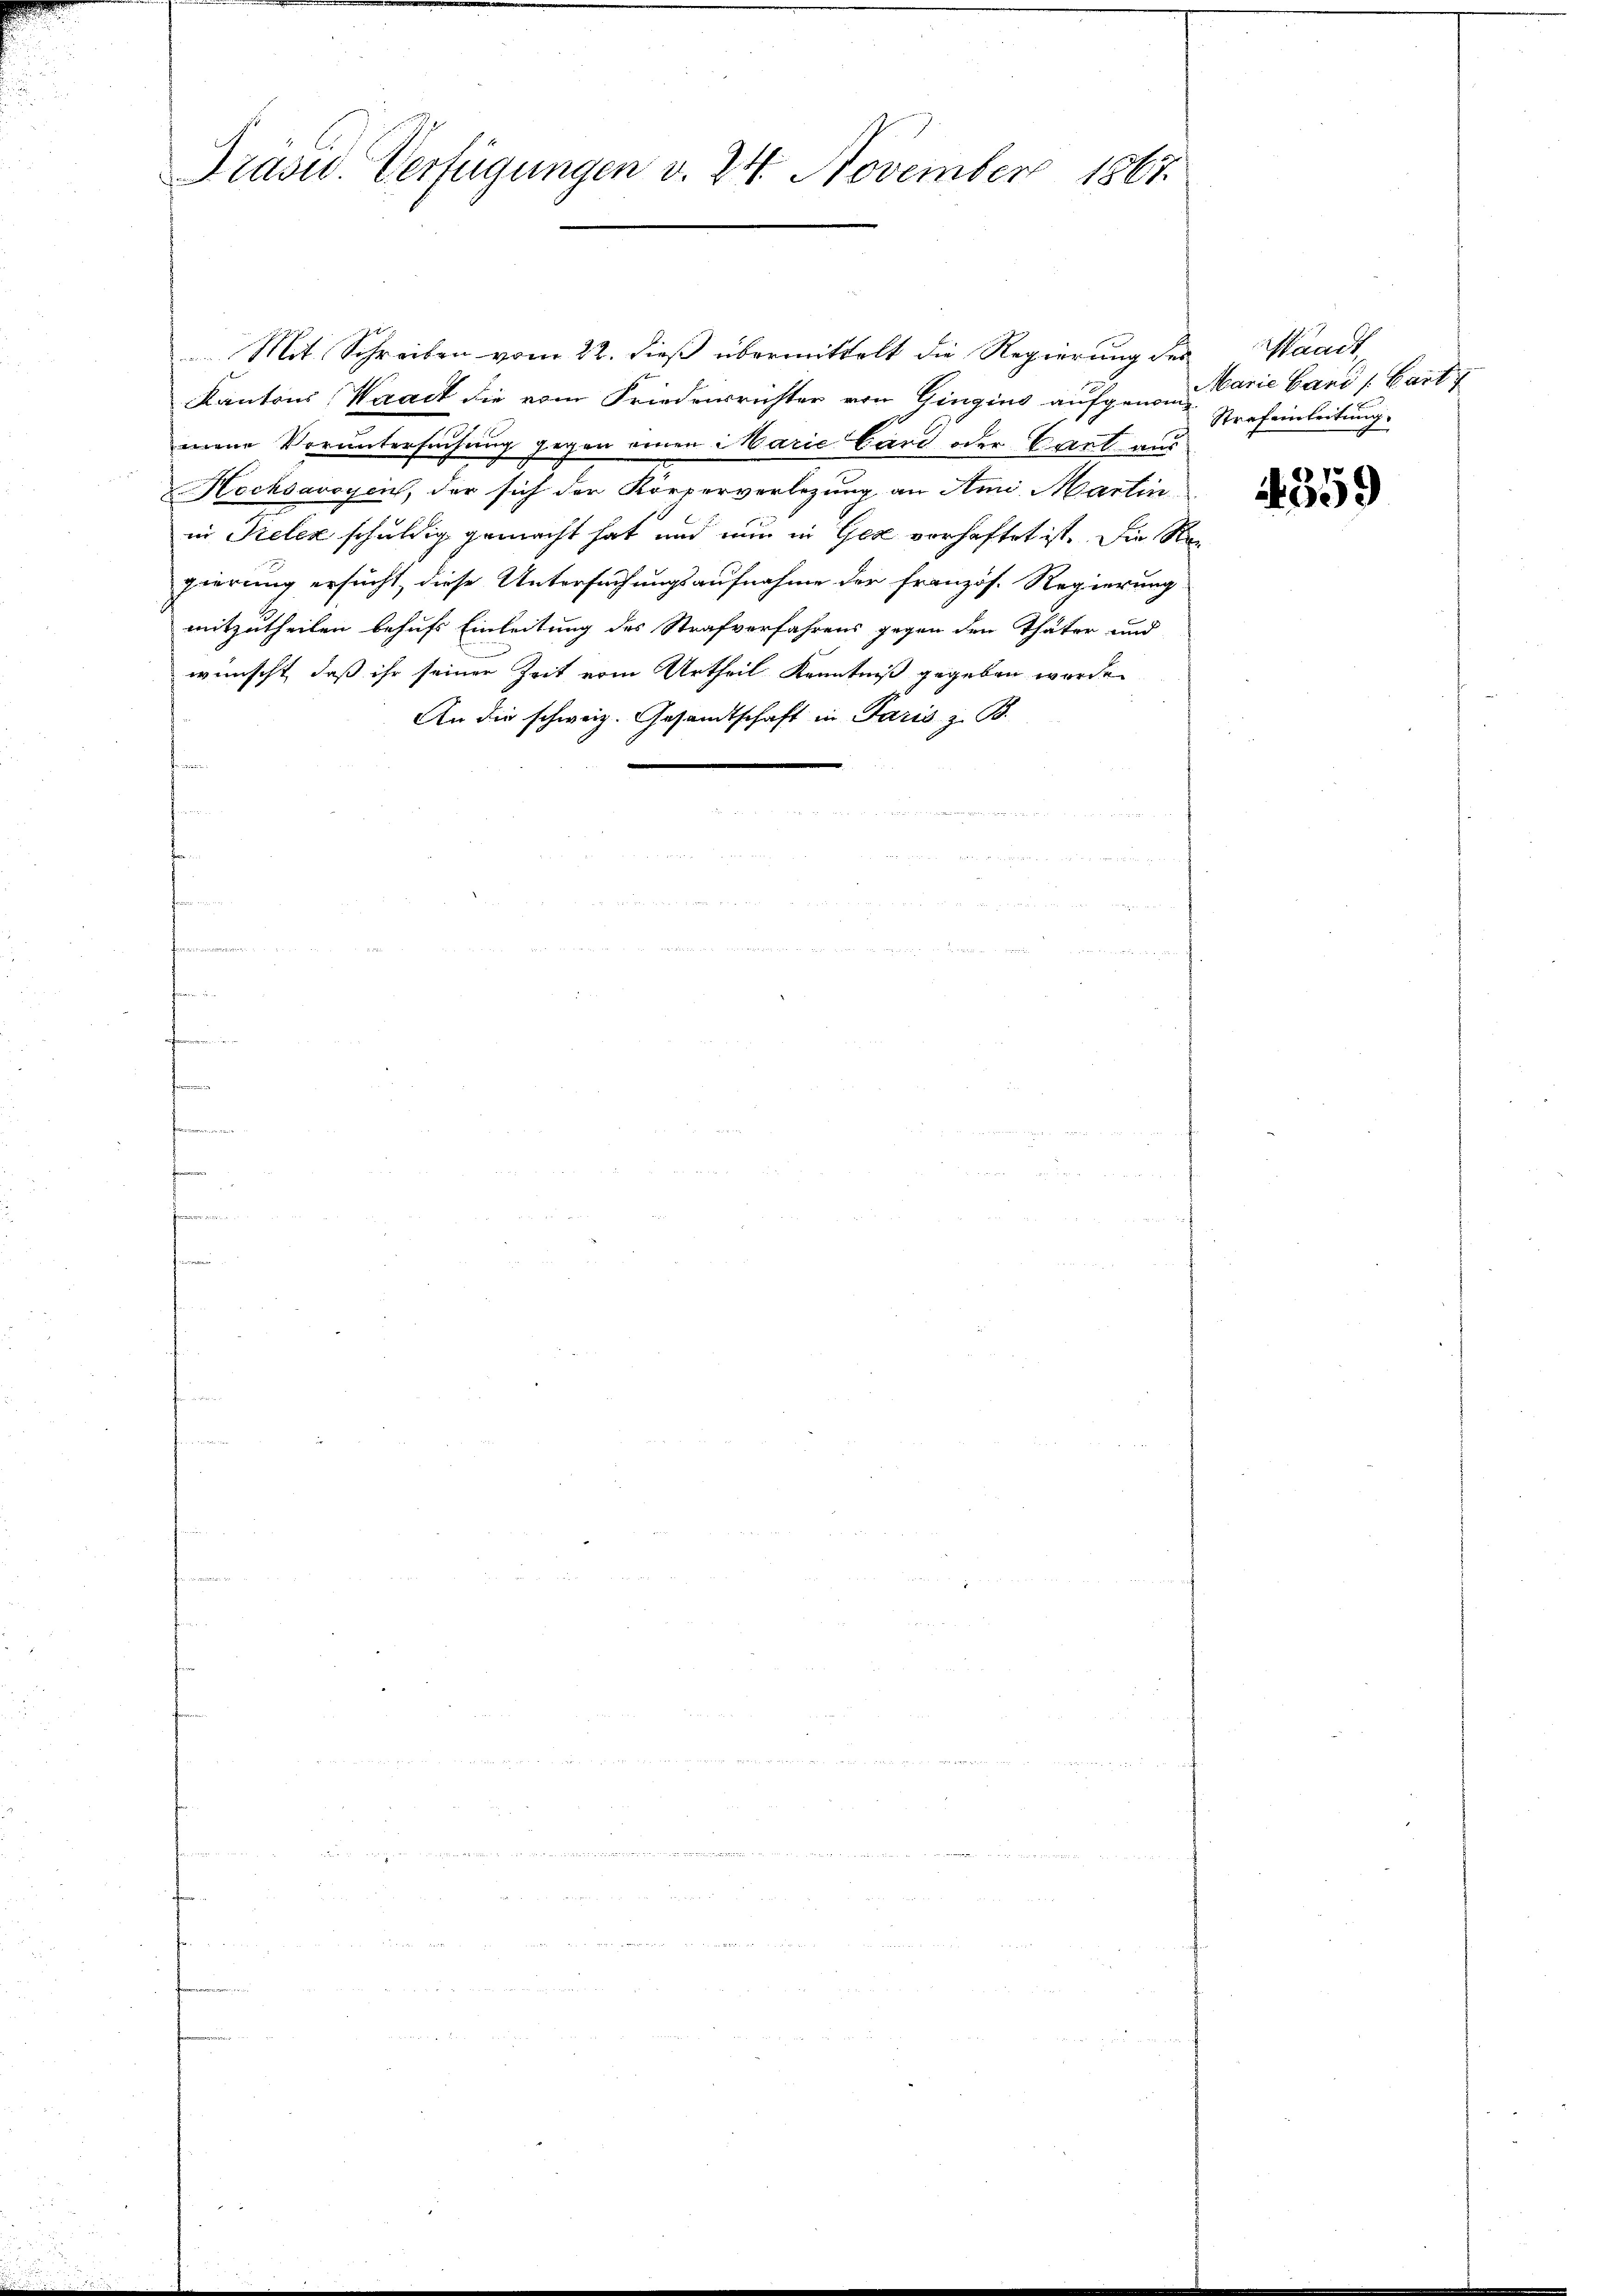
Präsid. Verfügungen v. 24. November 1867.

Mit Schreiben vom 22. dieß übermittelt die Regierung des
Kantons Waadt die vom Friederrichter von Gingins aufgenomie band / Cartz
mene Voruntersuchung gegen einen Marie Gard oder Cant aus
Hecksavoyen, der sich der Körperverlegung an Ami Martin
in Kelex schuldig gemacht hat und nun in Gez vorhaftet ist. Die Regierung ersucht, diese Untersuchungsaufnahme der französ. Regierung
mitzutheilen behufs Einleitung des Strafverfahrens gegen den Thäter und
wünscht, daß ihr seiner Zeit vom Urtheil Kenntniß gegeben worde
An die schweiz. Gesandtschaft in Paris z. B.
t

Waadt,
Strafeinleitung.

4359